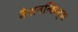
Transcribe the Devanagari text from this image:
नैशनलिस्ट्स